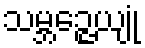
သမ္ဘဉ္ဇေယျုံ